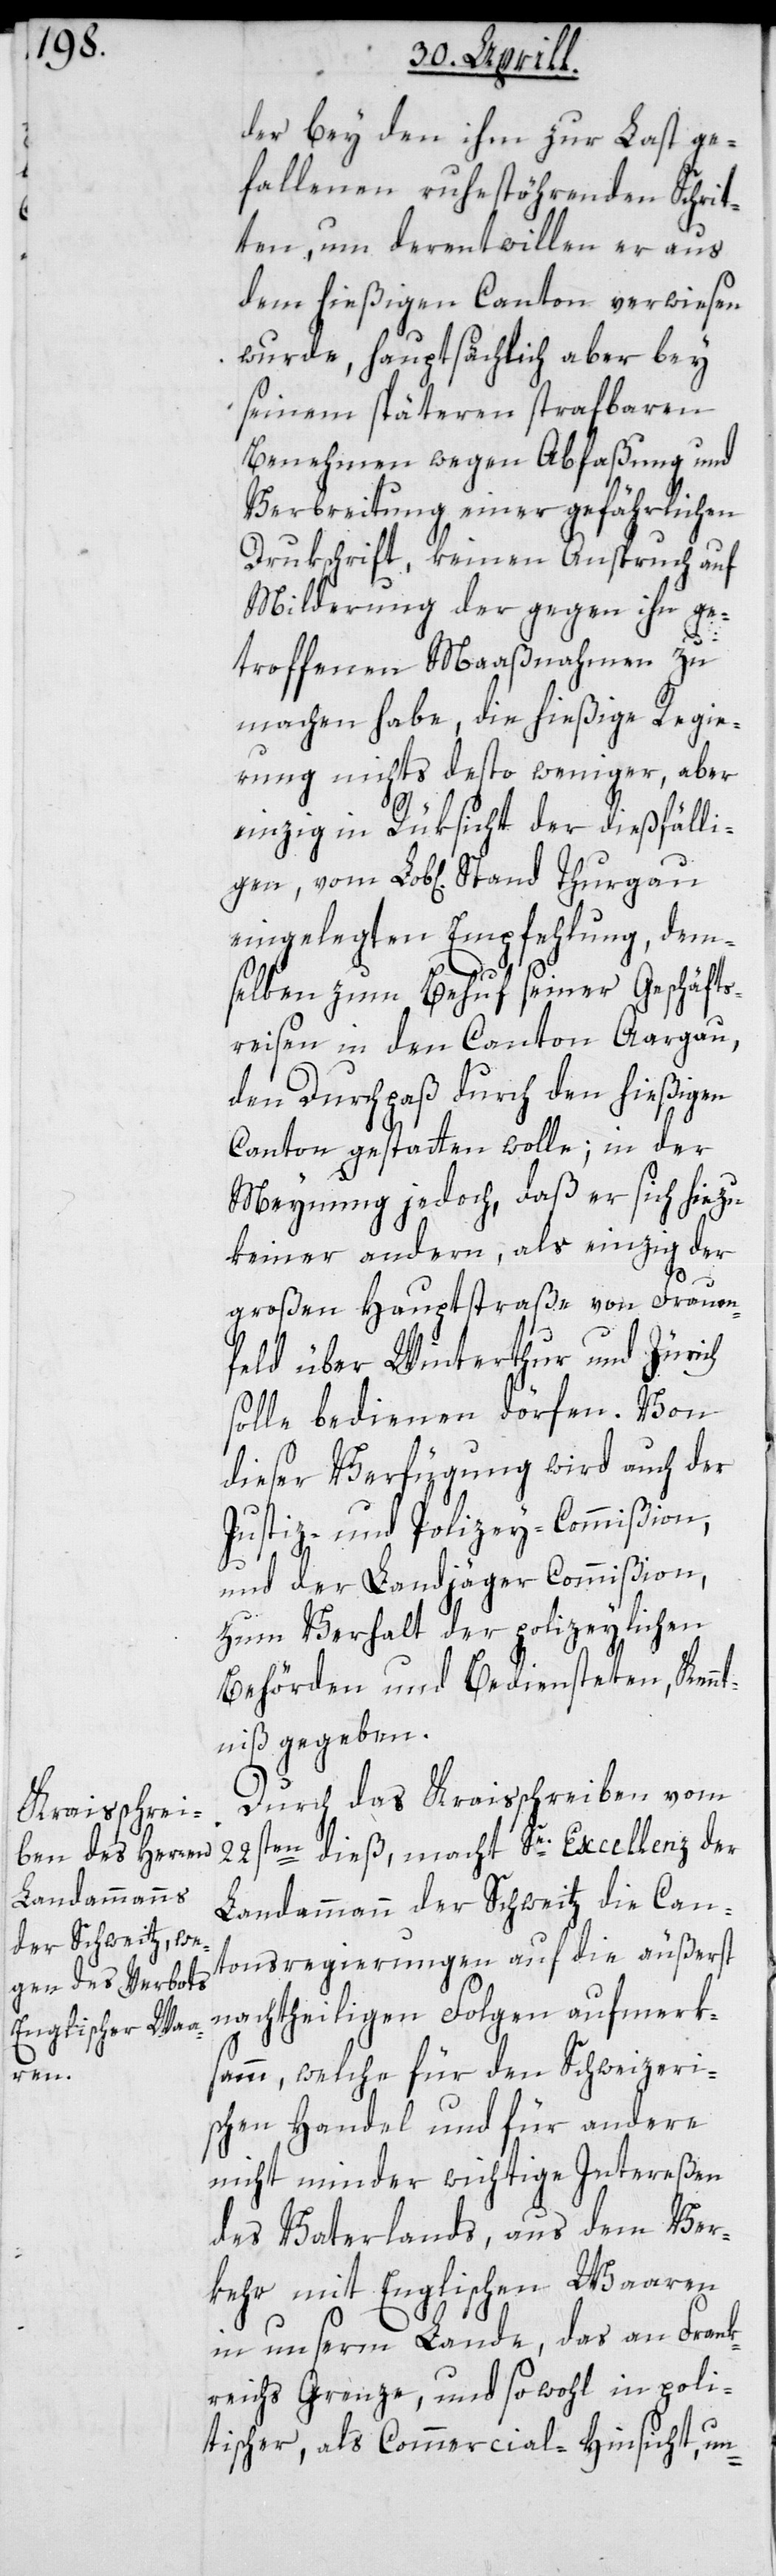
Stand

der bey den ihm zur Last ge¬
fallenen ruhestöhrenden Schrit¬
ten, um derentwillen er aus
dem hießigen Canton verwiesen
wurde, hauptsächlich aber bey
seinem späteren strafbaren
Benehmen wegen Abfaßung und
Verbreitung einer gefährlichen
Drukschrift, keinen Anspruch auf
Milderung der gegen ihn ge¬
troffenen Maaßnahmen zu
machen habe, die hießige Regie¬
rung nichts desto weniger, aber
einzig in Rüksicht der dießfälli¬
eingelegten Empfehlung, dem¬
selben zum Behuf seiner Geschäfts¬
reisen in den Canton Aargau,
den Durchpaß durch den hießigen
Canton gestatten wolle; in der
Meynung jedoch, daß er sich hiezu
keiner andern, als einzig der
großen Hauptstraße von Frauen¬
feld über Winterthur und Zürich
solle bedienen dörfen. Von
dieser Verfügung wird auch der
Justiz- und Polizey-Commißion,
und der Landjäger-Commißion,
zum Verhalt der polizeylichen
Behörden und Bediensteten, Kenn¬
tniß gegeben.
Durch das Kraisschreiben vom
22sten dieß, macht Se. Excellenz der
Landammann der Schweitz die Can¬
tonsregierungen auf die äußerst
nachtheiligen Folgen aufmerk¬
sam, welche für den schweizeri¬
schen Handel und für andere
nicht minder wichtige Intereßen
des Vaterlands, aus dem Ver¬
kehr mit Englischen Waaren
in unserm Lande, das an Frank¬
reichs Grenze, und sowohl in poli¬
tischer als Commercial-Hinsicht, un-